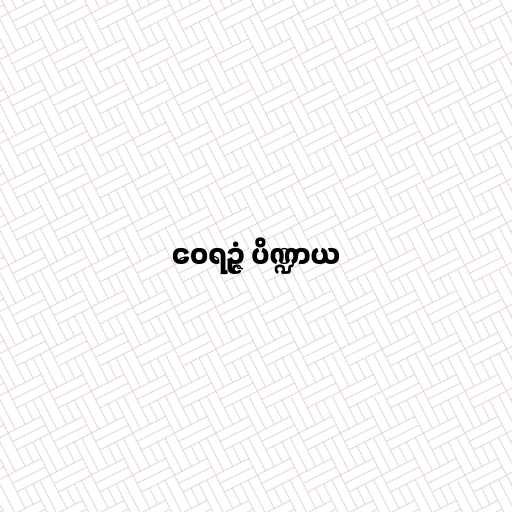
ဝေရဉ္ဇံ ပိဏ္ဍာယ